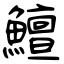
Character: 鱣